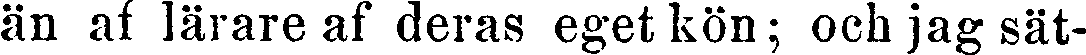
än af lärare af deras eget kön; och jag sät-